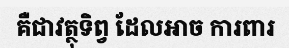
គឺជាវត្ថុទិព្វ ដែលអាច ការពារ